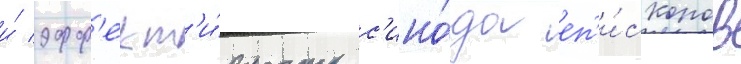
и́ эфф'ект'и́вность с'ино́да еп'и́скопов